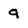
Character: 9